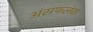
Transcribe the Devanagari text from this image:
अंसफलंक